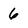
Character: 6